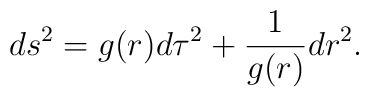
ds^2=g(r)d\tau^2+{1 \over g(r)}dr^2 .